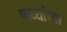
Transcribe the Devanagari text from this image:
पाध्यांच्या